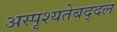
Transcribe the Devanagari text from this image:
अस्पृश्यतेबद्दल